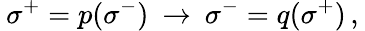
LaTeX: \: \sigma^{+}=p(\sigma^{-})\: \rightarrow\: \sigma^{-}=q(\sigma^{+})\, ,\: